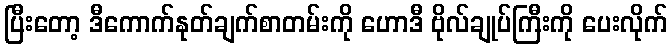
ပြီးတော့ ဒီကောက်နုတ်ချက်စာတမ်းကို ဟောဒီ ဗိုလ်ချုပ်ကြီးကို ပေးလိုက်